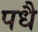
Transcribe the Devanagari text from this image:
पधै